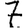
Digit: 7